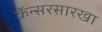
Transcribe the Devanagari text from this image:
कॅन्सरसारखा